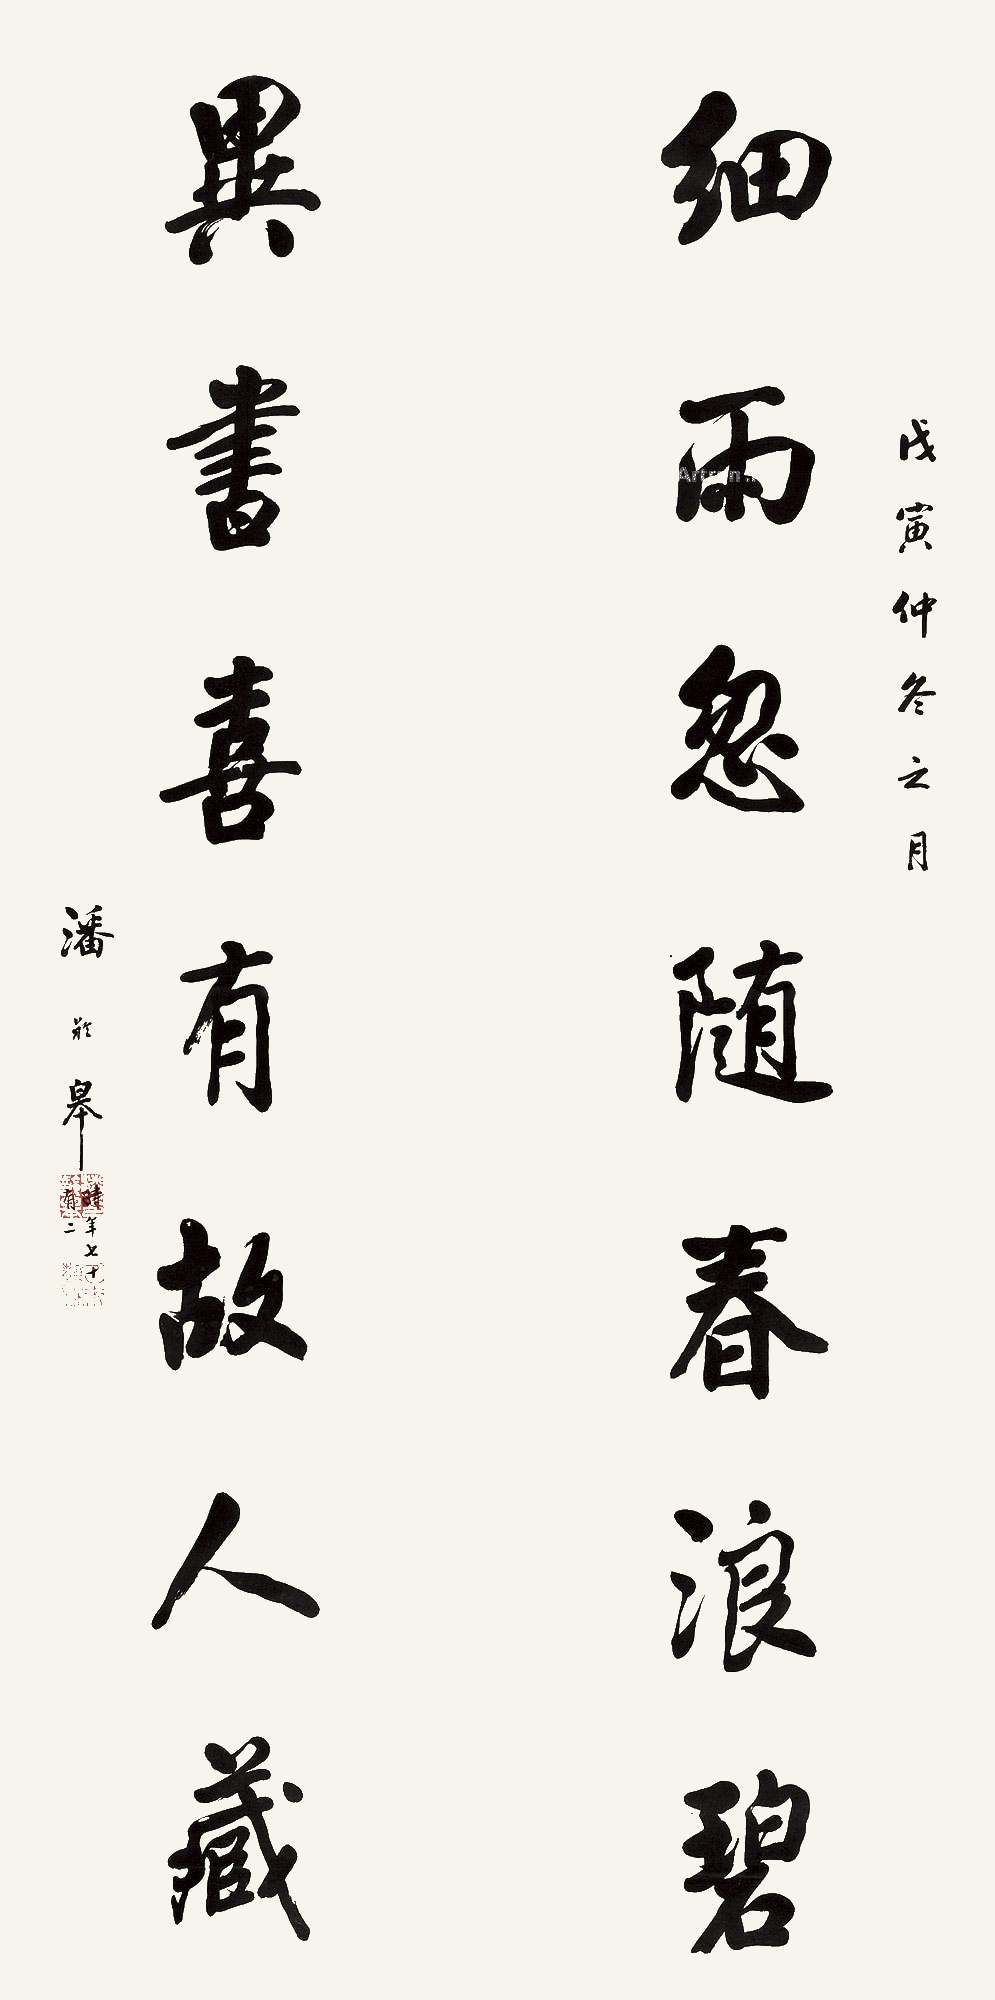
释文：细雨忽随春碧浪，异书喜有古人藏。戊寅仲冬之月，潘龄皋时年七十有二。